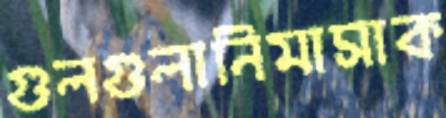
গুলগুলানিমাসাক